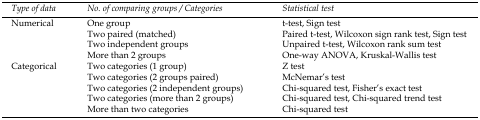
<table><thead><tr><td><b>Type of data</b></td><td><b>No. of comparing groups / Categories</b></td><td><b>Statistical test</b></td></tr></thead><tbody><tr><td rowspan="4">Numerical</td><td>One group</td><td>t-test, Sign test</td></tr><tr><td>Two paired (matched)</td><td>Paired t-test, Wilcoxon sign rank test, Sign test</td></tr><tr><td>Two independent groups</td><td>Unpaired t-test, Wilcoxon rank sum test</td></tr><tr><td>More than 2 groups</td><td>One-way ANOVA, Kruskal-Wallis test</td></tr><tr><td rowspan="5">Categorical</td><td>Two categories (1 group)</td><td>Z test</td></tr><tr><td>Two categories (2 groups paired)</td><td>McNemar’s test</td></tr><tr><td>Two categories (2 independent groups)</td><td>Chi-squared test, Fisher’s exact test</td></tr><tr><td>Two categories (more than 2 groups)</td><td>Chi-squared test, Chi-squared trend test</td></tr><tr><td>More than two categories</td><td>Chi-squared test</td></tr></tbody></table>